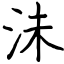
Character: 沬